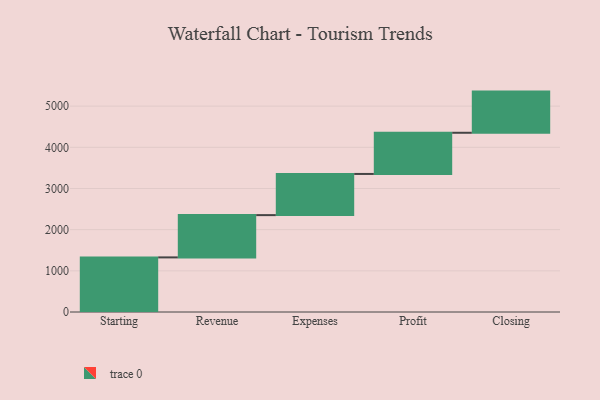
{"axis": {"x": "Step", "y": "Value"}, "legend": [""], "data": [{"x": "Starting", "y": 1326.0, "type": ""}, {"x": "Revenue", "y": 1027.0, "type": ""}, {"x": "Expenses", "y": 1000, "type": ""}, {"x": "Profit", "y": 1000, "type": ""}, {"x": "Closing", "y": 1000, "type": ""}]}